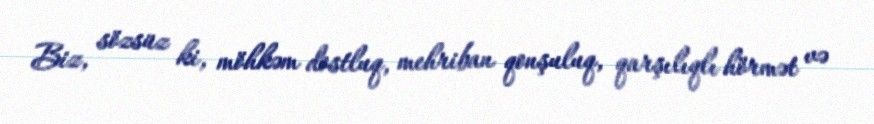
Biz, sözsüz ki, möhkəm dostluq, mehriban qonşuluq, qarşılıqlı hörmət və